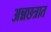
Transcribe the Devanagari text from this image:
अन्नछत्रात